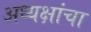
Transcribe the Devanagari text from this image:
अध्यक्षांचा